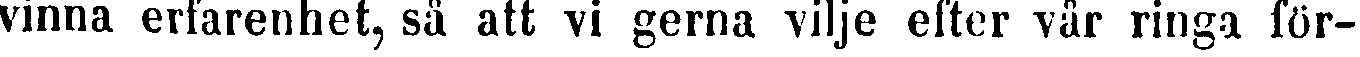
vinna erfarenhet, sä att vi gerna vilje efter vår ringa för-